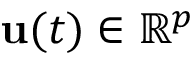
\mathbf { u } ( t ) \in \mathbb { R } ^ { p }